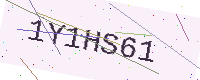
Text: 1Y1HS61